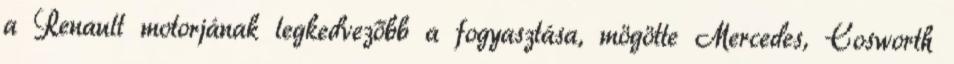
a Renault motorjának legkedvezőbb a fogyasztása, mögötte Mercedes, Cosworth